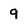
Character: 9